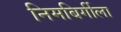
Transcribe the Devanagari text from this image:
निमबिर्गीला